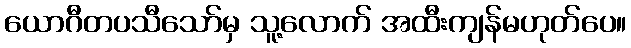
ယောဂီတပသီသော်မှ သူ့လောက် အထီးကျန်မဟုတ်ပေ။